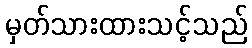
မှတ်သားထားသင့်သည်